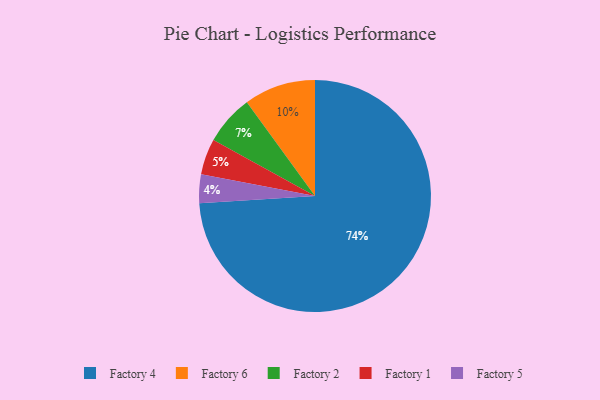
{"axis": {"x": "Category", "y": "Percentage"}, "legend": ["Factory 1", "Factory 2", "Factory 4", "Factory 5", "Factory 6"], "data": [{"x": "Factory 6", "y": 10, "type": "Factory 6"}, {"x": "Factory 2", "y": 7, "type": "Factory 2"}, {"x": "Factory 5", "y": 4, "type": "Factory 5"}, {"x": "Factory 1", "y": 5, "type": "Factory 1"}, {"x": "Factory 4", "y": 74, "type": "Factory 4"}]}